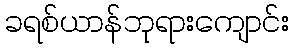
ခရစ်ယာန်ဘုရားကျောင်း